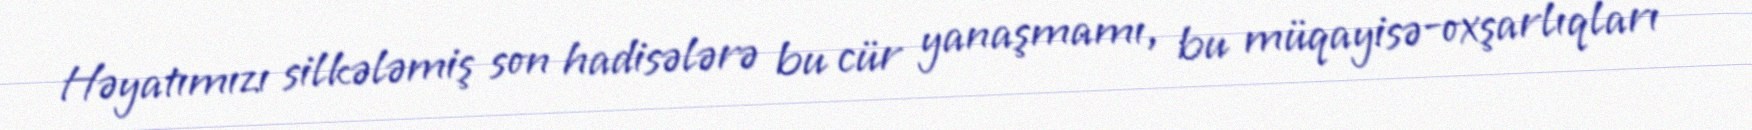
Həyatımızı silkələmiş son hadisələrə bu cür yanaşmamı, bu müqayisə-oxşarlıqları